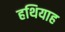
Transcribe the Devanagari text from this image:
हथियाह